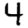
Digit: 4